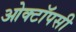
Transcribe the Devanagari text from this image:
ओक्टॉपसी